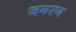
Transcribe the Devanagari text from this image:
जगरण